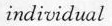
individual